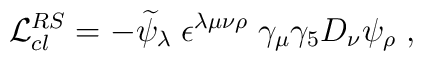
{\cal L}_{cl}^{RS}=-{\widetilde \psi}_{\lambda}\; \epsilon^{\lambda \mu \nu \rho} \; \gamma_{\mu}\gamma_{5}D_{\nu}\psi_{\rho} \; ,